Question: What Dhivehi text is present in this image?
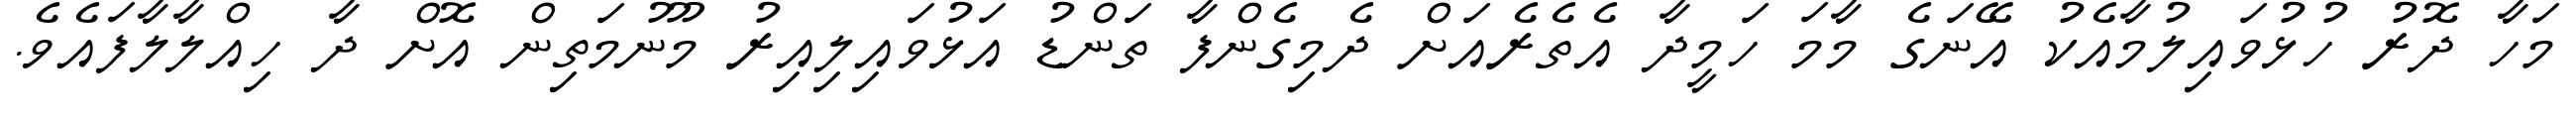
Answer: މަހާ ދޮރު ހުޅުވައިލުމާއެކު އޭނަގެ މާމަ ހަމީދާ އެތެރެއަށް ދެމިގެންފާ ތަންޑު އަޅުވައިލިއިރު މޫނުމަތިން އޮށް ދާ ހިއްލާލާފައެވެ.